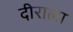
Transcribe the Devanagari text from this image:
दीराला